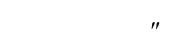
"